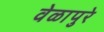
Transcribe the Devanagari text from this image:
वेळापुरे